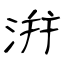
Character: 洴